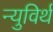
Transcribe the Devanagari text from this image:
न्युविर्थ